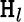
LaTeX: \mathtt{H}_{l}